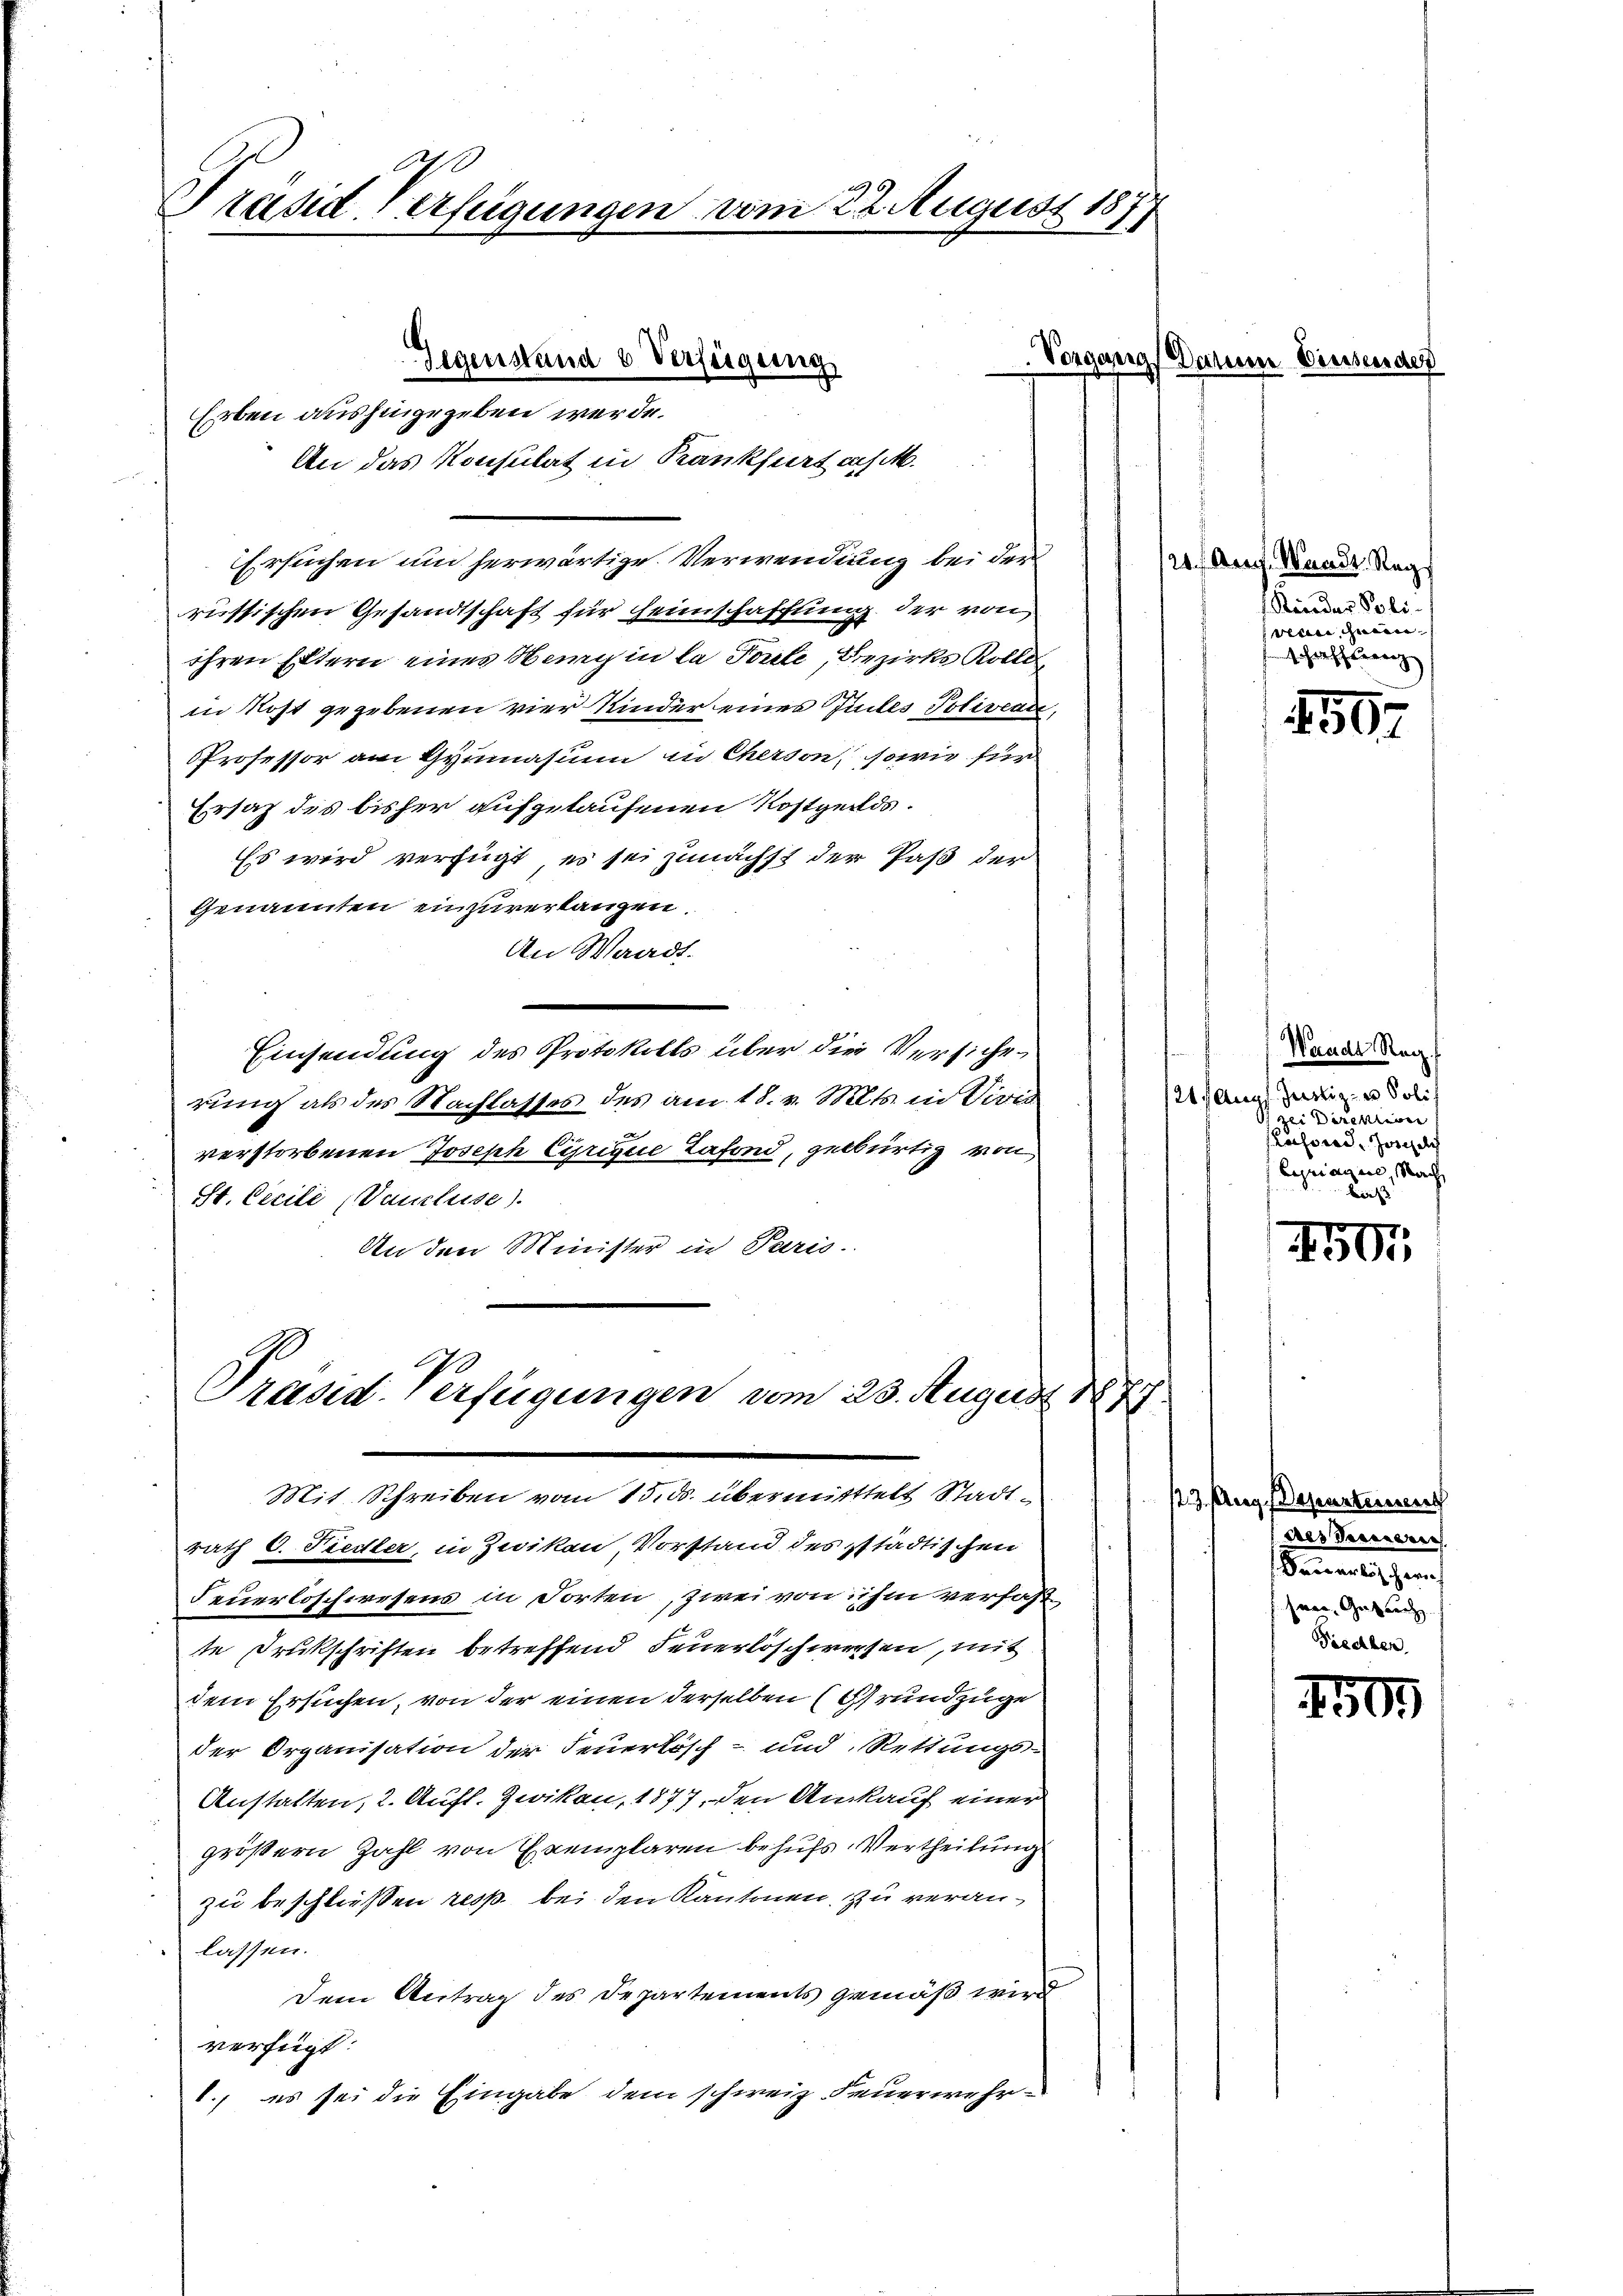
Träsd Verfügungen vom 22. August 187

Erben aushingegeben werde.
An das Konsulat in Krankfurt aus M

Gegenstand & Verfügung

Ersuchen um herwärtige Verwendung bei der
russischen Gesandtschaft für Heimschafftung der von
ihren Eltern eines March in la Ponte, Bezirks Kolle
in Rost gegebenen vier Kinder eines Gutes Poliveau,
PProfessor am Gymnasium in Cherson, sowie für
Ersatz des bisher aufgelaufenen Kostgelds¬
Es wird verfügt, es sei zunächst der Paß der
Genannten einzuverlangen
An Waadt.
Einsendung des Protokolls über die Versiche¬
¬
rung als des Nachlasses des am 18. v. Mts. in Vives
.
verstorbenen Joseph Cirique Tafond, gebürtig von
St. Cecili (Vaucluse).
An den Minister in Paris.

Vorgangs Datum Diesende

Präsid. Verfügungen vom 23. August 1879
Mit Schreiben vom 15. ds. übermitttelt Stadt¬

rath C. Fiedler, in Zwikau Vorstand des städtischen
Feuerloschwesens in Torten, zwei von ihm verfaß
te Drukschriften betreffend Feuerlöschwesen, mit
dem Ersuchen, von der einen derselben (Grundzüge
der Organisation der Feuerlösch- und Rettungs-
Anstalten, 2. Aufl. Zwikau, 1877, den Ankauf einer
größern Zahl von Exemplaren behufs Vertheilung
zu beschließen resp. bei den Kantonen, zu veranlassen.
Dem Antrag des Departements gemäß wird
verfügt:
V., es sei die Eingabe dem schweiz Feuerwehr-

20 f. Aug. Waadt Reg
f Kinder Poli
wan, genen
schaffung

159

Waadt Reg.
121. Aug. Justiz- u Poli
zei Direktion
usord. Horgele
Eyriagen, Nach
be |

450

23. Aug. Departeien
des Precarie
Kooperlösch wich
paar Gebrech
Fiedber

4503